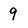
Character: 9